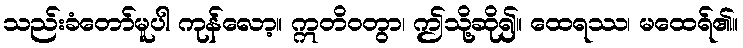
သည်းခံတော်မူပါ ကုန်လော့။ ဣတိဝတွာ၊ ဤသို့ဆို၍။ ထေရဿ၊ မထေရ်၏။